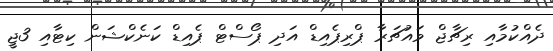
ދެއްކުމާއި ރިޗާޖް ވައުޗަރާ ޕްރިޕެއިޑް އަދި ޕޯސްޓް ޕެއިޑް ކަނެކްޝަން ކިޓާއި 3ޖީ